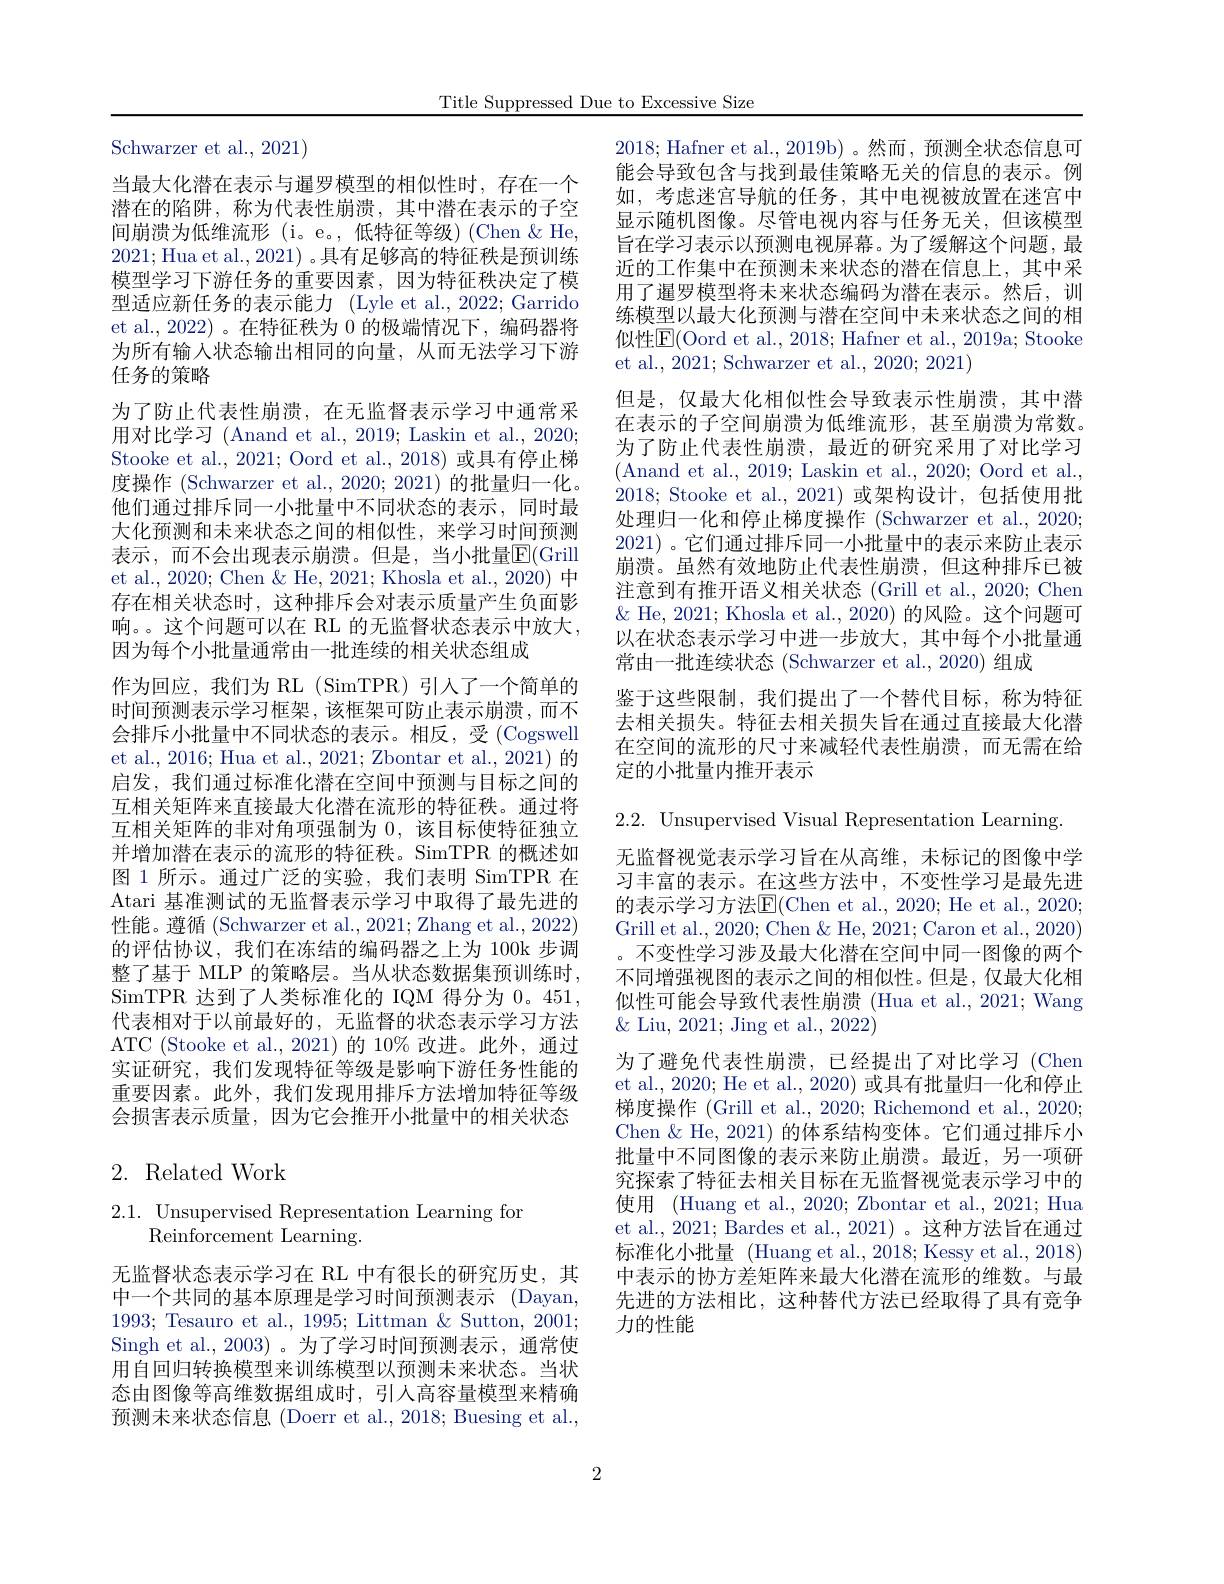
Title Suppressed Due to Excessive Size

Schwarzer et al., 2021)

当最大化潜在表示与暹罗模型的相似性时，存在一个潜在的陷阱，称为代表性崩溃，其中潜在表示的子空间崩溃为低维流形(i。e。,低特征等级)(Chen&He, 2021;Hua et al., 2021) 。具有足够高的特征秩是预训练模型学习下游任务的重要因素，因为特征秩决定了模型适应新任务的表示能力 (Lyle et al.,2022; Garrido et al.,2022)。在特征秩为0的极端情况下，编码器将为所有输入状态输出相同的向量，从而无法学习下游任务的策略
为了防止代表性崩溃，在无监督表示学习中通常采用对比学习 (Anand et al., 2019; Laskin et al., 2020; Stooke et al., 2021; Oord et al., 2018) 或具有停止梯度操作 (Schwarzer et al., 2020; 2021) 的批量归一化。他们通过排斥同一小批量中不同状态的表示，同时最大化预测和未来状态之间的相似性，来学习时间预测表示，而不会出现表示崩溃。但是，当小批量$\overline{\mathbb{E}}($Grill et al., 2020; Chen & He, 2021; Khosla et al., 2020) 中存在相关状态时，这种排斥会对表示质量产生负面影响。。这个问题可以在 RL 的无监督状态表示中放大， 因为每个小批量通常由一批连续的相关状态组成
作为回应，我们为 RL(SimTPR)引入了一个简单的时间预测表示学习框架，该框架可防止表示崩溃，而不会排斥小批量中不同状态的表示。相反，受(Cogswell et al., 2016; Hua et al., 2021; Zbontar et al., 2021) 的启发，我们通过标准化潜在空间中预测与目标之间的互相关矩阵来直接最大化潜在流形的特征秩。通过将互相关矩阵的非对角项强制为0，该目标使特征独立并增加潜在表示的流形的特征秩。SimTPR 的概述如图 1 所示。通过广泛的实验，我们表明 SimTPR 在Atari 基准测试的无监督表示学习中取得了最先进的性能。遵循 (Schwarzer et al., 2021; Zhang et al., 2022) 的评估协议，我们在冻结的编码器之上为 100k 步调整了基于 MLP 的策略层。当从状态数据集预训练时， SimTPR 达到了人类标准化的 IQM 得分为 0。451, 代表相对于以前最好的，无监督的状态表示学习方法ATC (Stooke et al., 2021)的 10% 改进。此外，通过实证研究，我们发现特征等级是影响下游任务性能的重要因素。此外，我们发现用排斥方法增加特征等级会损害表示质量，因为它会推开小批量中的相关状态

## 2. Related Work

2.1. Unsupervised Representation Learning for
Reinforcement Learning.

无监督状态表示学习在 RL 中有很长的研究历史，其中一个共同的基本原理是学习时间预测表示 (Dayan, 1993; Tesauro et al., 1995; Littman & Sutton, 2001; Singh et al., 2003)。为了学习时间预测表示，通常使用自回归转换模型来训练模型以预测未来状态。当状态由图像等高维数据组成时，引人高容量模型来精确预测未来状态信息 (Doerr et al., 2018; Buesing et al.,

2018; Hafner et al., 2019b) 。然而，预测全状态信息可能会导致包含与找到最佳策略无关的信息的表示。例如，考虑迷宫导航的任务，其中电视被放置在迷宫中显示随机图像。尽管电视内容与任务无关，但该模型旨在学习表示以预测电视屏幕。为了缓解这个问题，最近的工作集中在预测未来状态的潜在信息上，其中采用了暹罗模型将未来状态编码为潜在表示。然后，训练模型以最大化预测与潜在空间中未来状态之间的相似性$\overline{\mathrm{E}}($Oord et al., 2018; Hafner et al., 2019a; Stooke et al., 2021; Schwarzer et al., 2020; 2021)
但是，仅最大化相似性会导致表示性崩溃，其中潜在表示的子空间崩溃为低维流形，甚至崩溃为常数。为了防止代表性崩溃，最近的研究采用了对比学习(Anand et al., 2019; Laskin et al., 2020; Oord et al., 2018; Stooke et al., 2021) 或架构设计，包括使用批处理归一化和停止梯度操作 (Schwarzer et al., 2020; 2021) 。它们通过排斥同一小批量中的表示来防止表示崩溃。虽然有效地防止代表性崩溃，但这种排斥已被注意到有推开语义相关状态 (Grill et al., 2020; Chem $\&$ He, 2021; Khosla et al., 2020) 的风险。这个问题可以在状态表示学习中进一步放大，其中每个小批量通常由一批连续状态 (Schwarzer et al., 2020) 组成
鉴于这些限制，我们提出了一个替代目标，称为特征去相关损失。特征去相关损失旨在通过直接最大化潜在空间的流形的尺寸来减轻代表性崩溃，而无需在给定的小批量内推开表示

似性可能会导致代表性崩溃 (Hua et al., 2021; Wang
$\&$ Liu, 2021; Jing et al., 2022)

2.2. Unsupervised Visual Representation Learning.
无监督视觉表示学习旨在从高维，未标记的图像中学习丰富的表示。在这些方法中，不变性学习是最先进的表示学习方法$\underline{\mathrm{E}}($Chen et al., 2020; He et al., 2020; Grill et al., 2020; Chen & He, 2021; Caron et al., 2020) 。不变性学习涉及最大化潜在空间中同一图像的两个不同增强视图的表示之间的相似性。但是，仅最大化相为了避免代表性崩溃，已经提出了对比学习(Chen et al., 2020; He et al., 2020) 或具有批量归一化和停止梯度操作 (Grill et al., 2020; Richemond et al., 2020; Chen $\&$ He, 2021) 的体系结构变体。它们通过排斥小批量中不同图像的表示来防止崩溃。最近，另一项研究探索了特征去相关目标在无监督视觉表示学习中的使用 (Huang et al., 2020; Zbontar et al., 2021; Hua et al., 2021; Bardes et al., 2021)。这种方法旨在通过标准化小批量 (Huang et al., 2018; Kessy et al., 2018) 中表示的协方差矩阵来最大化潜在流形的维数。与最先进的方法相比，这种替代方法已经取得了具有竞争力的性能

2